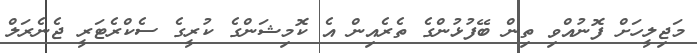
މަޖިލީހަށް ފޮނުއްވި ތިން ބޭފުޅުންގެ ތެރެއިން އެ ކޮމިޝަންގެ ކުރީގެ ސެކްރެޓަރީ ޖެނެރަލް